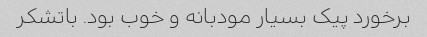
برخورد پیک بسیار مودبانه و خوب بود. باتشکر